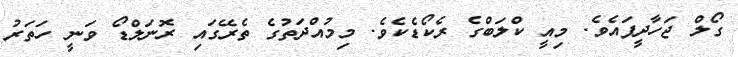
ގޯލް ޖަހާދީފައެވެ. މިއީ ކްލަބްގެ ރެކޯޑެކެވެ. މިމުއްދަތުގެ ތެރޭގައި ރޮނަލްޑޯ ވަނީ ހަތަރު